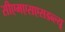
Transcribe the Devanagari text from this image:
सीएमएसएसडब्ल्यू